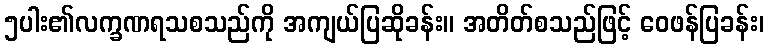
၅ပါး၏လက္ခဏရသစသည်ကို အကျယ်ပြဆိုခန်း။ အတိတ်စသည်ဖြင့် ဝေဖန်ပြခန်း၊